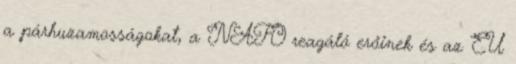
a párhuzamosságokat, a NATO reagáló erőinek és az EU